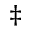
^ \ddagger